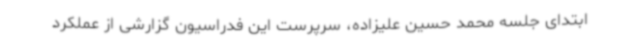
ابتدای جلسه محمد حسین علیزاده، سرپرست این فدراسیون گزارشی از عملکرد